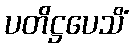
ပတိဋ္ဌပေသိံ